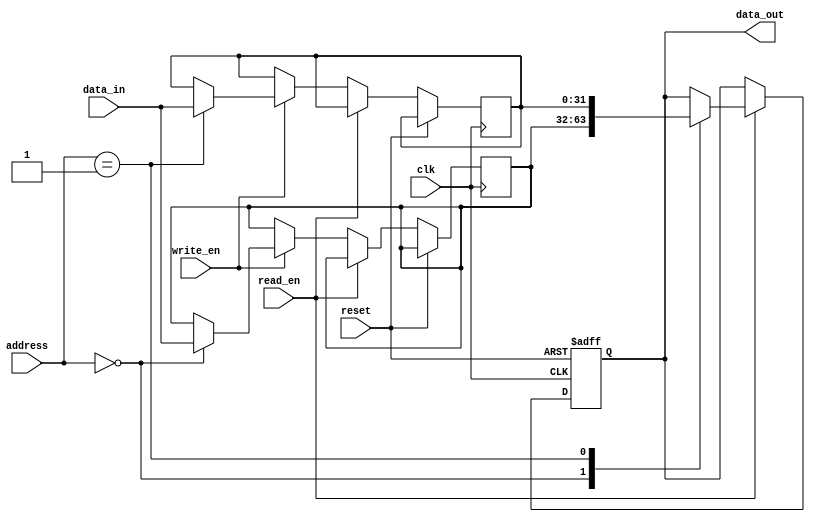
module HBM (
    input wire clk,
    input wire reset,
    input wire [31:0] data_in,
    input wire read_en,
    input wire write_en,
    input wire [7:0] address,
    output reg [31:0] data_out
);

// Memory Blocks
reg [31:0] memory_block_1 [0:255];
reg [31:0] memory_block_2 [0:255];
// more memory blocks can be added as needed

always @ (posedge clk or posedge reset) begin
    if (reset) begin
        data_out <= 32'b0;
    end else begin
        if (read_en) begin
            case (address[7:0])
                8'h00: data_out <= memory_block_1[address];
                8'h01: data_out <= memory_block_2[address];
                // add more cases for additional memory blocks
            endcase
        end else if (write_en) begin
            case (address[7:0])
                8'h00: memory_block_1[address] <= data_in;
                8'h01: memory_block_2[address] <= data_in;
                // add more cases for additional memory blocks
            endcase
        end
    end
end

endmodule